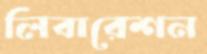
লিবারেশন